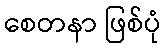
စေတနာ ဖြစ်ပုံ